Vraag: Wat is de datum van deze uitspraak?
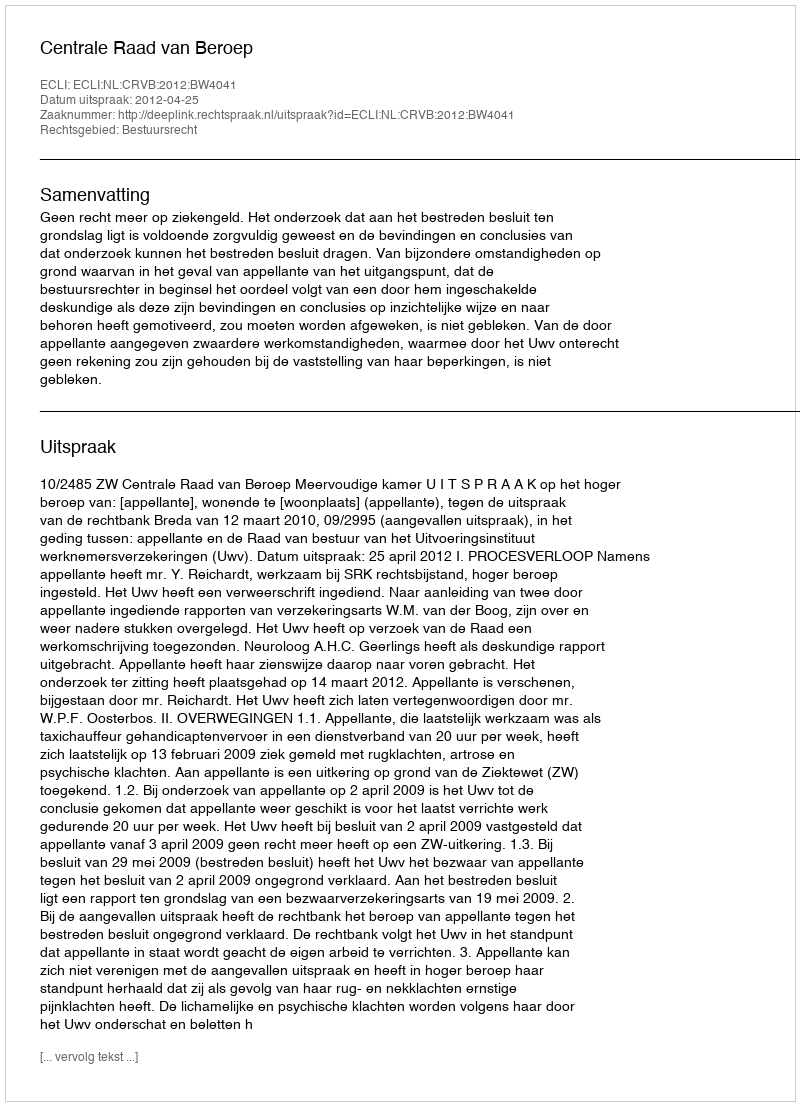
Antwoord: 2012-04-25